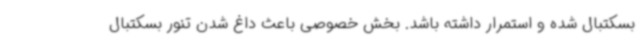
بسکتبال شده و استمرار داشته باشد. بخش خصوصی باعث داغ شدن تنور بسکتبال